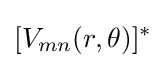
[V_{mn}(r,\theta )]^{*}